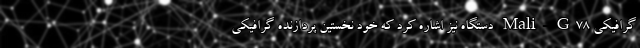
گرافیکی Mali-G78 دستگاه نیز اشاره کرد که خود نخستین پردازنده گرافیکی